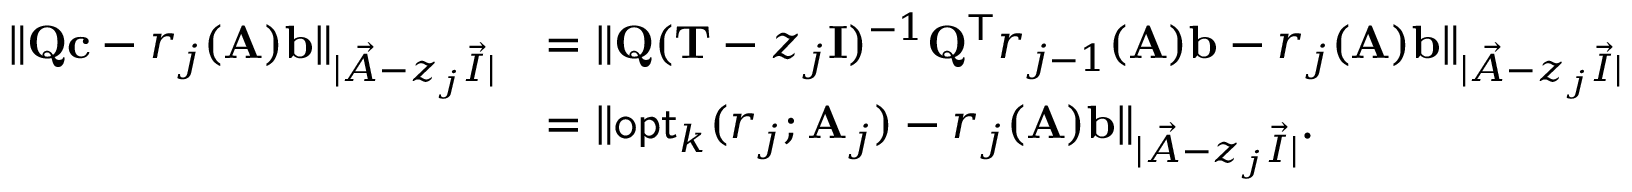
\begin{array} { r l } { \| \mathbf { Q } \mathbf { c } - r _ { j } ( \mathbf { A } ) \mathbf { b } \| _ { | \vec { A } - z _ { j } \vec { I } | } } & { = \| \mathbf { Q } ( \mathbf { T } - z _ { j } \mathbf { I } ) ^ { - 1 } \mathbf { Q } ^ { \mathsf { T } } r _ { j - 1 } ( \mathbf { A } ) \mathbf { b } - r _ { j } ( \mathbf { A } ) \mathbf { b } \| _ { | \vec { A } - z _ { j } \vec { I } | } } \\ & { = \| \mathsf { o p t } _ { k } ( r _ { j } ; \mathbf { A } _ { j } ) - r _ { j } ( \mathbf { A } ) \mathbf { b } \| _ { | \vec { A } - z _ { j } \vec { I } | } . } \end{array}